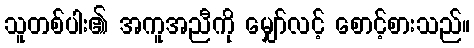
သူတစ်ပါး၏ အကူအညီကို မျှော်လင့် စောင့်စားသည်။